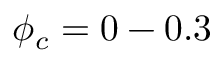
\phi _ { c } = 0 - 0 . 3